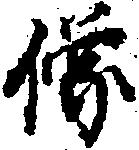
像